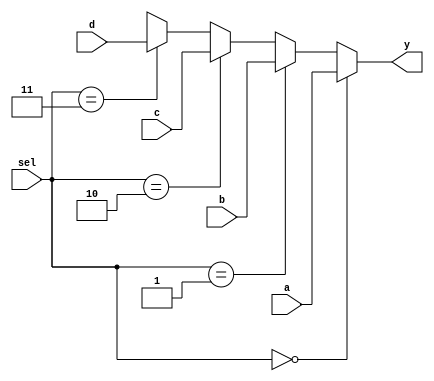
module mux41_conop(sel, a, b, c, d, y);
    input  [1:0] sel;
    input  [3:0] a, b, c, d;
    output [3:0] y;

    assign y = (sel == 0) ? a:
               (sel == 1) ? b:
               (sel == 2) ? c:
               (sel == 3) ? d: 4'bx;
endmodule